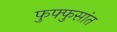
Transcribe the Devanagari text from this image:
फुफ्फुसांत